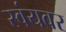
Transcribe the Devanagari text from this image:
स्वंयवर